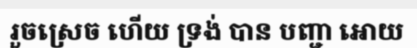
រួចស្រេច ហើយ ទ្រង់ បាន បញ្ជា អោយ